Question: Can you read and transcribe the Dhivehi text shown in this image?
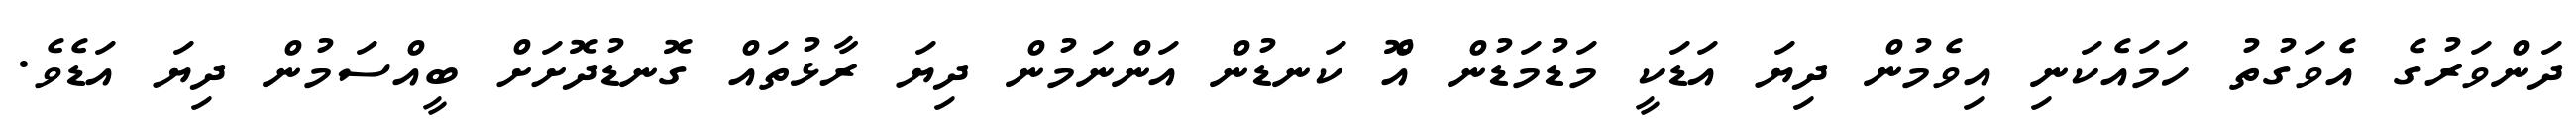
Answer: ދަންވަރުގެ އެވަގުތު ހަމައެކަނި އިވެމުން ދިޔަ އަޑަކީ މަޑުމަޑުން އޮް ކަނޑުން އަންނަމުން ދިޔަ ރާޅުތައް ގޮނޑުދޮށަށް ބީއްސަމުން ދިޔަ އަޑެވެ.